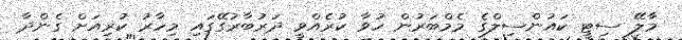
މާލޭ ސިޓީ ކައުންސިލްގެ މެމްބަރުން ހުވާ ކުރެއްވީ ދަރުބާރުގޭގައި މިހާރު ކުރިއަށް ގެންދާ